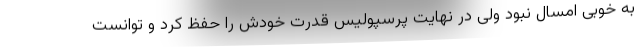
به خوبی امسال نبود ولی در نهایت پرسپولیس قدرت خودش را حفظ کرد و توانست